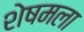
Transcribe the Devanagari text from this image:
शेषमला